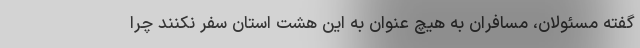
گفته مسئولان، مسافران به هیچ عنوان به این هشت استان سفر نکنند چرا